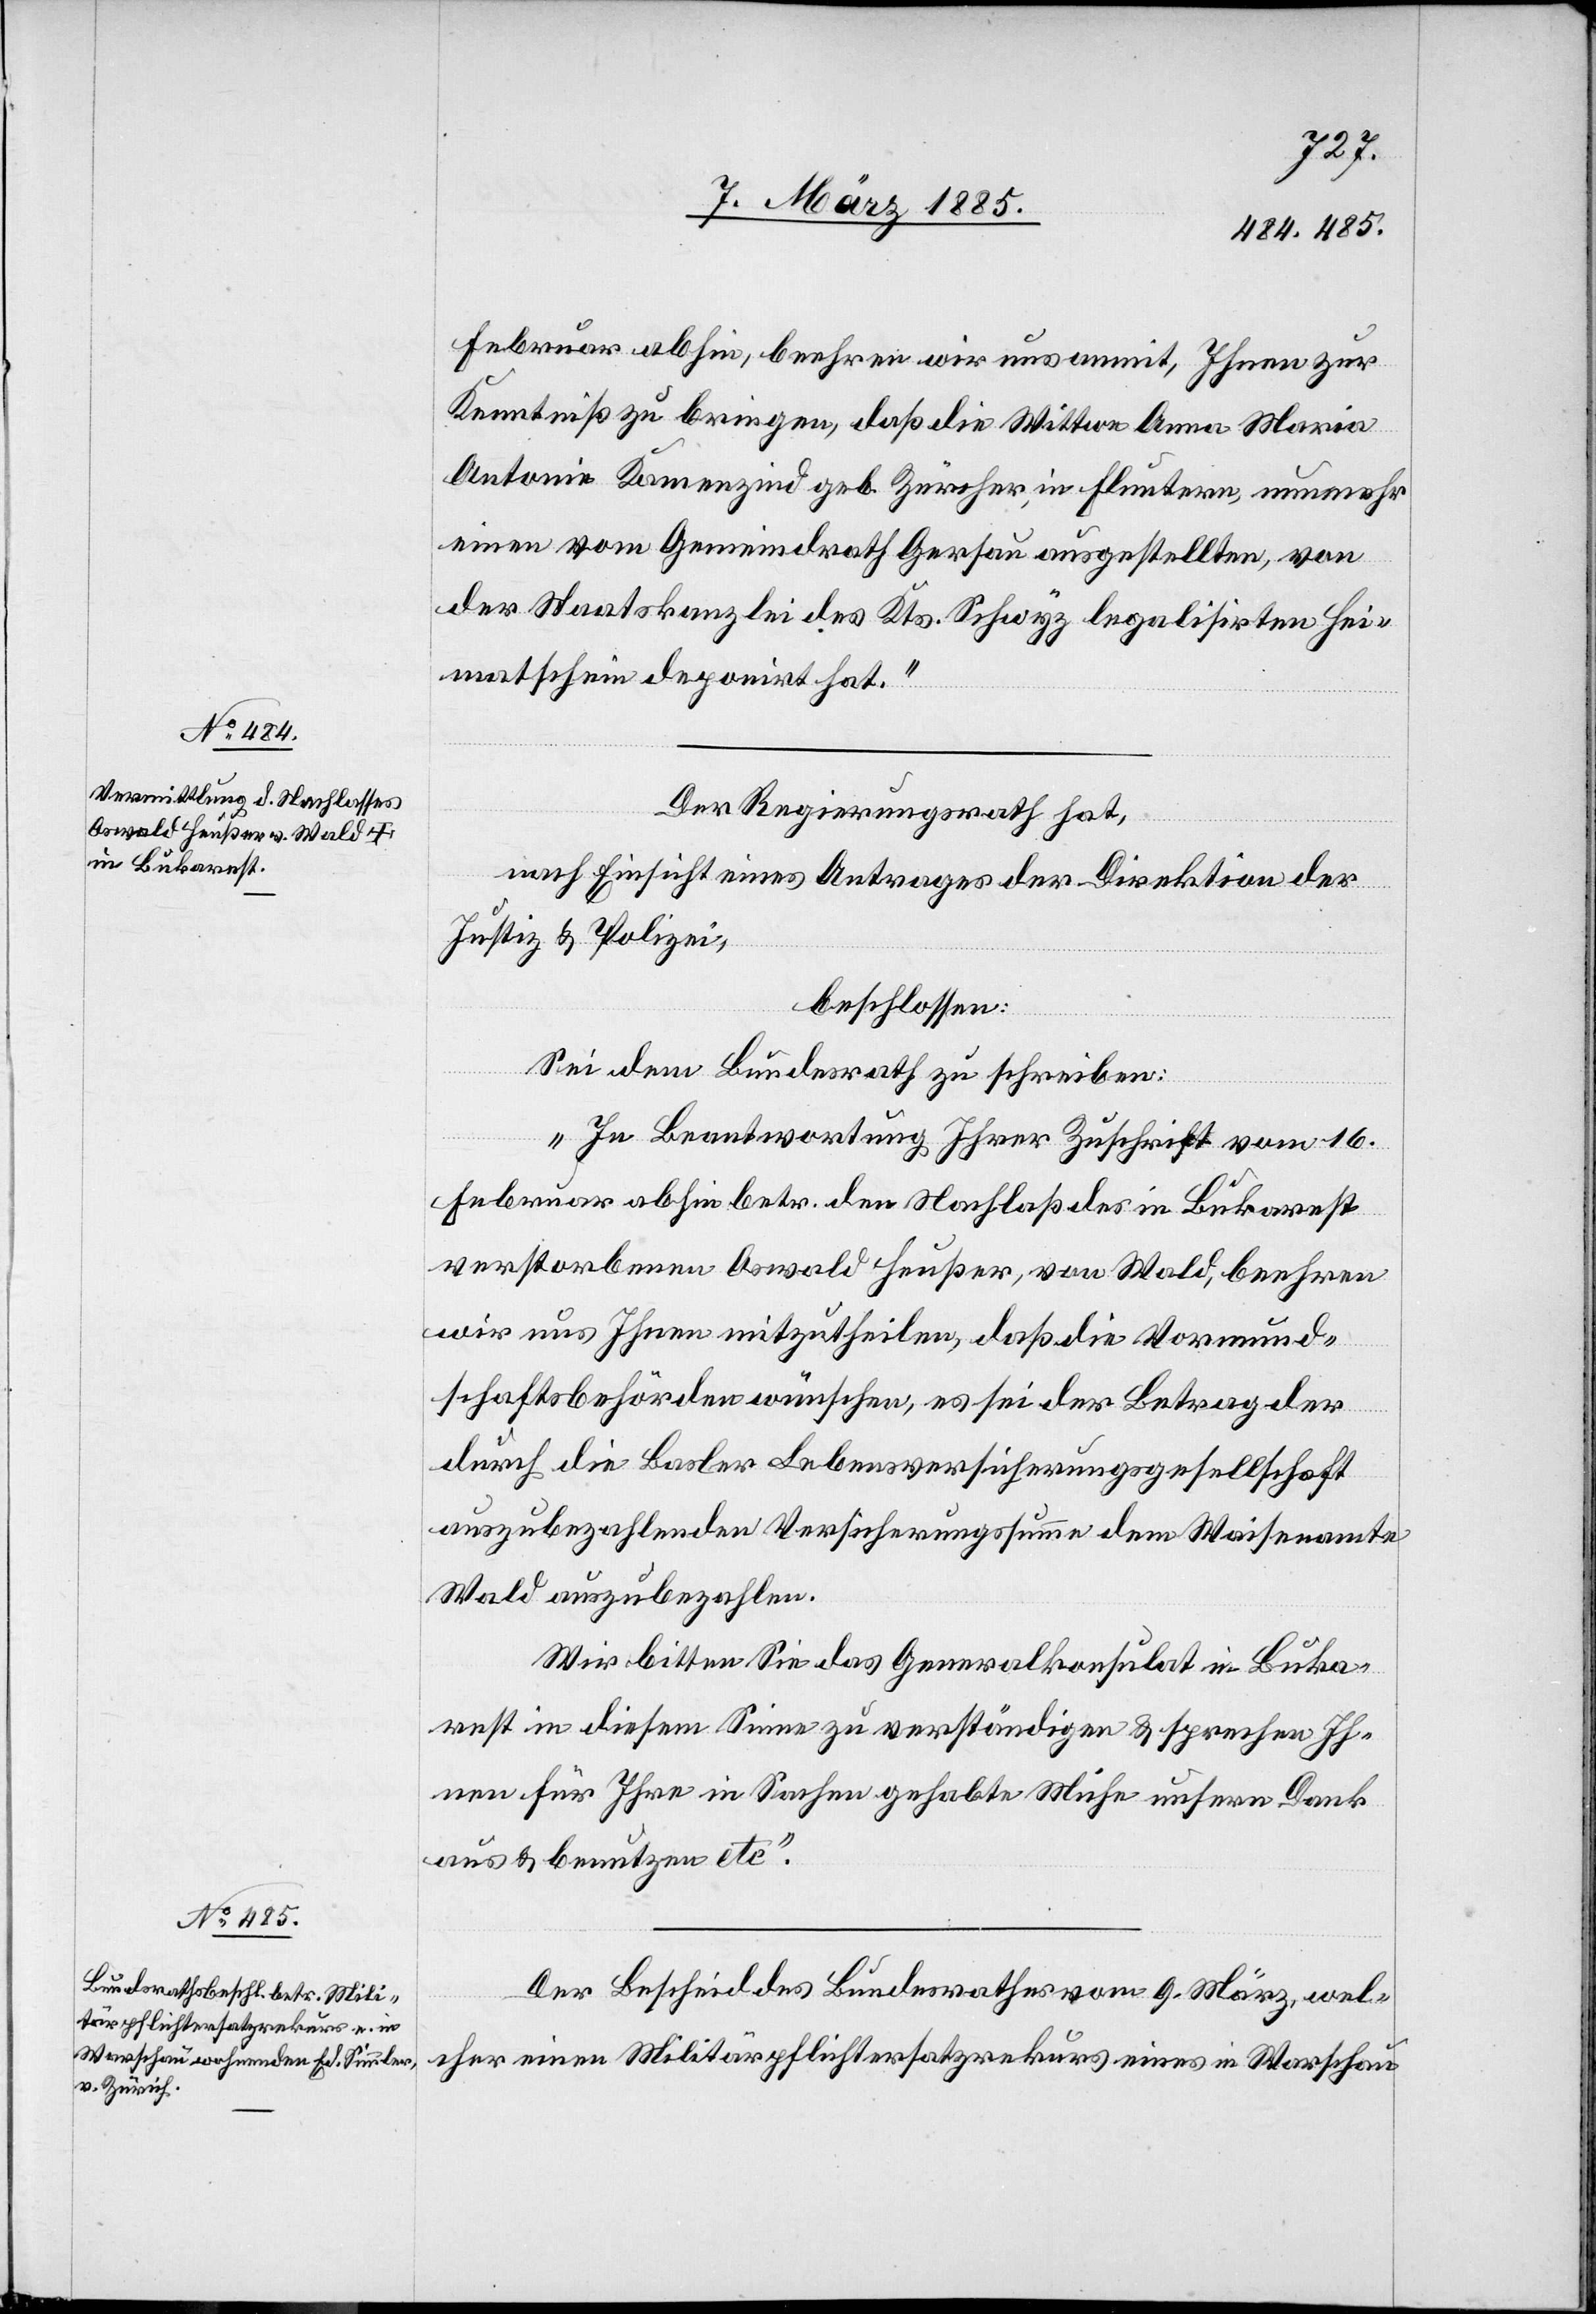
11. März 1885.]
Februar abhin, beehren wir uns anmit, Ihnen zur
Kenntniß zu bringen, daß die Wittwe Anna Maria
Antonie Kamenzind geb. Zürcher, in Fluntern, nunmehr
einen vom Gemeindrath Gersau ausgestellten, von
der Staatskanzlei des Kts. Schwyz legalisirten Hei¬
matschein deponirt hat.“
Der Regierungsrath hat,
nach Einsicht eines Antrages der Direktion der
Justiz & Polizei,
beschlossen:
Sei an den Bundesrath zu schreiben:
„In Beantwortung Ihrer Zuschrift vom 16.
Februar abhin betr. den Nachlaß des in Bukarest
verstorbenen Oswald Heußer, von Wald, beehren
wir uns Ihnen mitzutheilen, daß die Vormund¬
schaftsbehörden wünschen, es sei der Betrag der
durch die Basler Lebensversicherungsgesellschaft
auszubezahlenden Versicherungssumme dem Waisenamte
Wald auszubezahlen.
Wir bitten Sie das Generalkonsulat in Buka¬
rest in diesem Sinne zu verständigen & sprechen Ih¬
nen für Ihre in Sachen gehabte Mühe unsern Dank
aus & benutzen etc“.
Der Bescheid des Bundesrathes vom 9. März, wel¬
cher einen Militärpflichtersatzrekurs eines in Warschau